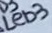
Text: LED3